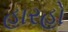
હારહો